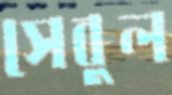
সেবুল